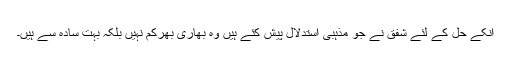
انکے حل کے لئے شفق نے جو مذہبی استدلال پیش کئے ہیں وہ بھاری بھرکم نہیں بلکہ بہت سادہ سے ہیں۔